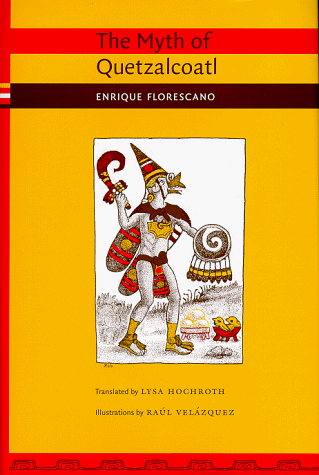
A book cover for The Myth of Quetzalcoatl; Professor Enrique Florescano; History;